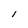
Character: l